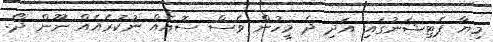
މިޔާ ޕެޓިޝަނުގައި އަދި ދެ މީހުން ވެސް ސޮއެއް ނުކުރެއެއް ނޫން ދޯ.